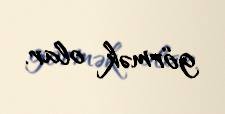
görmək olar.